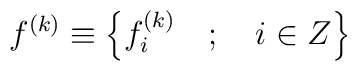
f^{\left( k\right) }\equiv \left\{ f_i^{\left( k\right) }\quad;\quad i\in Z\right\}